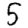
Digit: 5